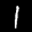
Label: 1